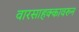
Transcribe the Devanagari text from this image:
वारसाहक्कावरुन